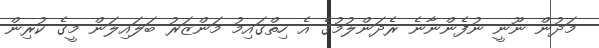
މަދުން ނޫނީ ނުފެންނާނެ ރެދަންލުމުގެ އެ ހިތްގައިމު މަންޒަރު ބަލައިލަން މީގެ ކުރިން